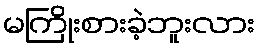
မကြိုးစားခဲ့ဘူးလား